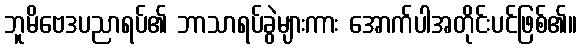
ဘူမိဗေဒပညာရပ်၏ ဘာသာရပ်ခွဲများကား အောက်ပါအတိုင်းပင်ဖြစ်၏။